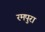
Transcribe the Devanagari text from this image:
रमपुरा